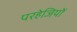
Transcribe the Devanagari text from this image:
परहेजियों